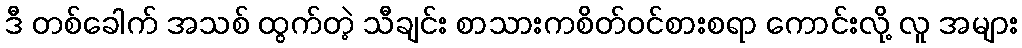
ဒီ တစ်ခေါက် အသစ် ထွက်တဲ့ သီချင်း စာသားကစိတ်ဝင်စားစရာ ကောင်းလို့ လူ အများ